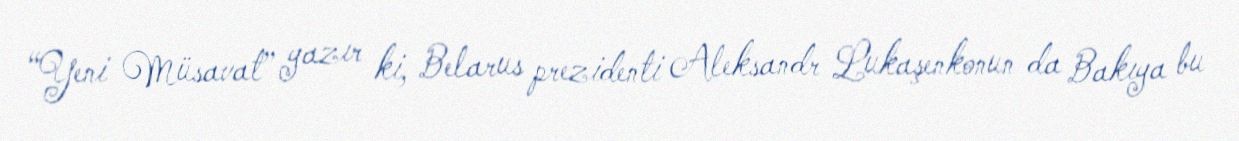
“Yeni Müsavat” yazır ki, Belarus prezidenti Aleksandr Lukaşenkonun da Bakıya bu